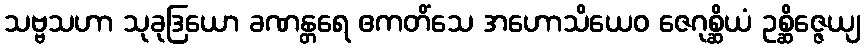
သဗ္ဗသဟာ သုခုဒြယော ခဏန္တရေ ဧကတိံသေ အဟောသိယေဝ ဇေဂုစ္ဆိယံ ဥစ္ဆိဇ္ဇေယျ